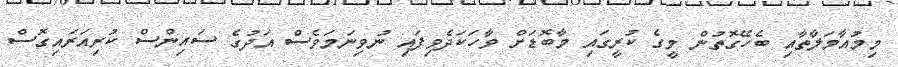
މިމުއާމަލާތާއި ބެހޭގޮތުން މީގެ ކުރީގައި މާބޮޑަށް ވާހަކަދެވިފައި ނުވިނަމަވެސް އަދުގެ ސައިންސް ކުރިއަރައިގޮސް